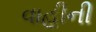
વાહીની